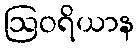
ဩဝရိယာန